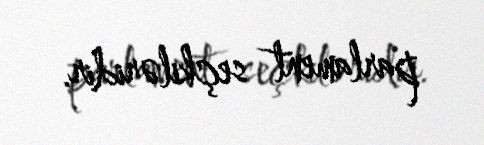
parlament seçkiləridir.